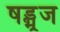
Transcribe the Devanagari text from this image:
षड्भूज